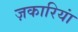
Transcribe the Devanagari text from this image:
ज़कारियां